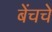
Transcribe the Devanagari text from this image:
बेंचचे